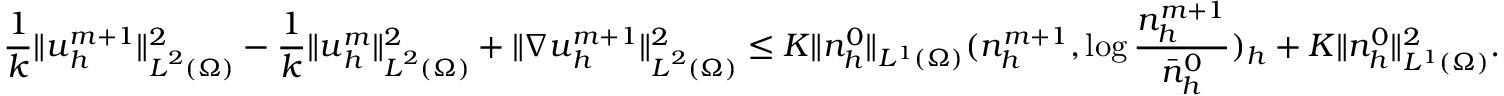
\frac { 1 } { k } \| { \boldsymbol u } _ { h } ^ { m + 1 } \| _ { { \boldsymbol L } ^ { 2 } ( \Omega ) } ^ { 2 } - \frac { 1 } { k } \| { \boldsymbol u } _ { h } ^ { m } \| _ { { \boldsymbol L } ^ { 2 } ( \Omega ) } ^ { 2 } + \| \nabla { \boldsymbol u } _ { h } ^ { m + 1 } \| _ { { \boldsymbol L } ^ { 2 } ( \Omega ) } ^ { 2 } \le K \| n _ { h } ^ { 0 } \| _ { L ^ { 1 } ( \Omega ) } ( n _ { h } ^ { m + 1 } , \log \frac { n _ { h } ^ { m + 1 } } { \bar { n } _ { h } ^ { 0 } } ) _ { h } + K \| n _ { h } ^ { 0 } \| _ { L ^ { 1 } ( \Omega ) } ^ { 2 } .